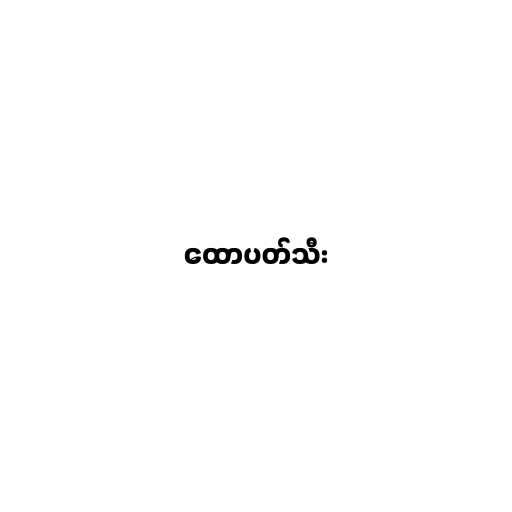
ထောပတ်သီး